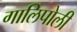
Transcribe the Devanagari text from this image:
गालिपोली